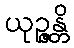
ယုဉ္ဇန္တိ